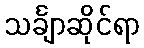
သင်္ချာဆိုင်ရာ